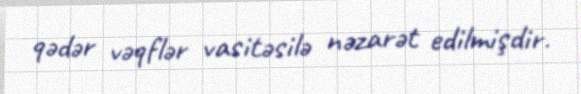
qədər vəqflər vasitəsilə nəzarət edilmişdir.